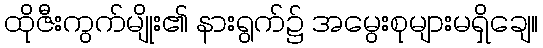
ထိုဇီးကွက်မျိုး၏ နားရွက်၌ အမွေးစုများမရှိချေ။